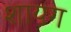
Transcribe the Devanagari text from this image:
शायग